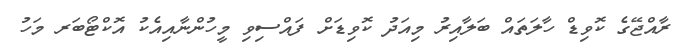
ރާއްޖޭގެ ކޮވިޑް ހާލަތައް ބަލާއިރު މިއަދު ކޮވިޑަށް ފައްސިވި މީހުންނާއިއެކު އޮކްޓޯބަރ މަހު